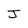
Character: J